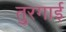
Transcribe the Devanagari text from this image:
तुरगाई